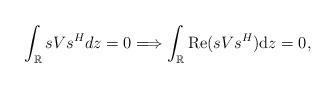
LaTeX: \begin{align*} \int_{\mathbb{R}}sVs^{H} dz=0 \Longrightarrow \int_{\mathbb{R}}{\rm Re} (sVs^{H} ) \mathrm{d}z=0,\end{align*}